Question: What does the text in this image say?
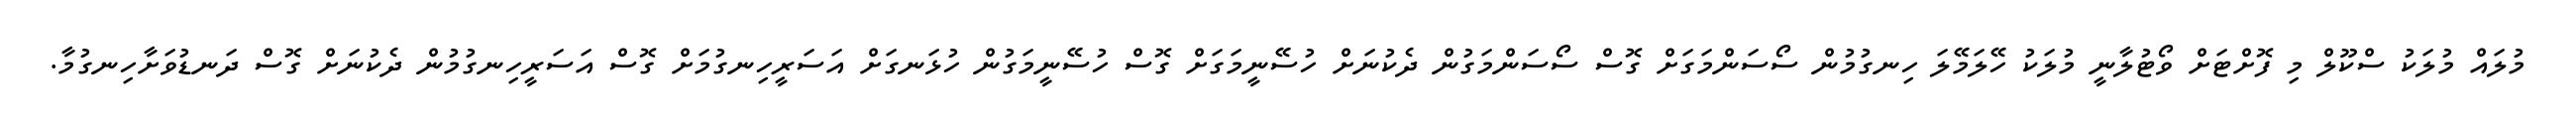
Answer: މުލައް މުލަކު ސްކޫލް މި ފޮށްޓަށް ވޯޓުލާނީ މުލަކު ހޭލަމޭލަ ހިނގުމުން ސޯސަންމަގަށް ގޮސް ސޯސަންމަގުން ދެކުނަށް ހުސޭނީމަގަށް ގޮސް ހުސޭނީމަގުން ހުޅަނގަށް އަސަރީހިނގުމަށް ގޮސް އަސަރީހިނގުމުން ދެކުނަށް ގޮސް ދަނޑުވަށާހިނގުމާ.